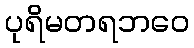
ပုရိမတရဘဝေ